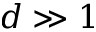
d \gg 1